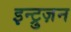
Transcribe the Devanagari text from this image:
इन्ट्रुज़न